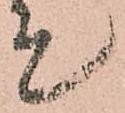
て